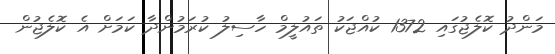
މަންދު ކޮލެޖުގައި 1372 ކުއްޖަކު ތައުލީމް ހާސިލު ކުރަމުންދާ ކަމަށް އެ ކޮލެޖުން